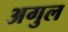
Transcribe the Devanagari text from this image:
अगुल